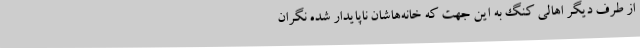
از طرف دیگر اهالی کنگ به این جهت که خانه‌هاشان ناپایدار شده نگران